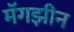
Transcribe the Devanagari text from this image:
मॅगझीन